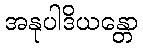
အနုပါဒိယန္တော